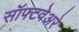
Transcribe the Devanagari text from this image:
सॉफ्टवेअरे